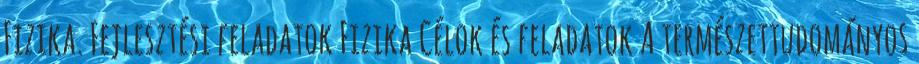
Fizika. Fejlesztési feladatok Fizika Célok és feladatok A természettudományos